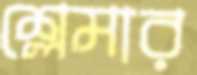
শ্লেমার